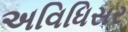
અવિધિસર